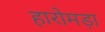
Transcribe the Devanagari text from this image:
हारोमड़ा